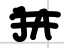
Text: JA
Cross-out: double-line
Writing tool: digital_black